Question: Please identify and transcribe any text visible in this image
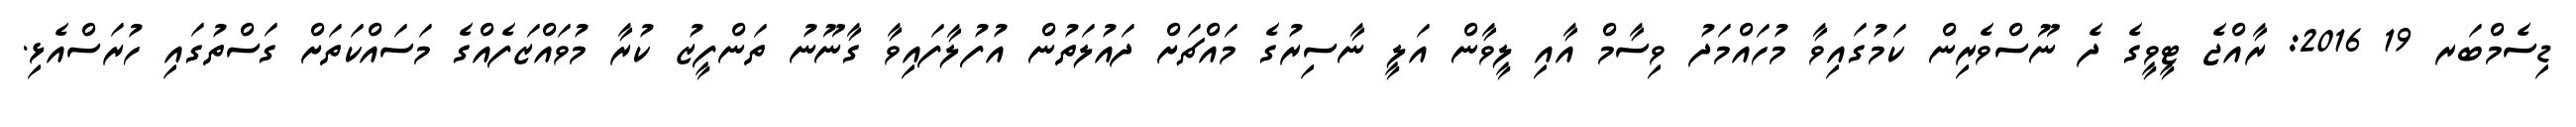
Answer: ޑިސެމްބަރ 19 2016: ރާއްޖެ ޓީވީގެ ދެ ނޫސްވެރިން ކަމުގައިވާ މުހައްމަދު ވިސާމް އާއި ލީވާން އަލީ ނާސިރުގެ މައްޗަށް ދައުލަތުން އުފުލާފައިވާ ގާނޫނު ތަންފީޒު ކުރާ މުވައްޒަފެއްގެ މަސައްކަތަށް ގަސްތުގައި ހުރަސްއެޅި.